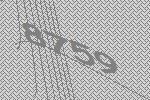
8759